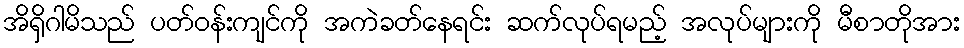
အိရှိဂါမိသည် ပတ်ဝန်းကျင်ကို အကဲခတ်နေရင်း ဆက်လုပ်ရမည့် အလုပ်များကို မီစာတိုအား